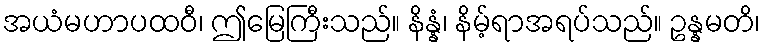
အယံမဟာပထဝီ၊ ဤမြေကြီးသည်။ နိန္နံ၊ နိမ့်ရာအရပ်သည်။ ဥန္နမတိ၊